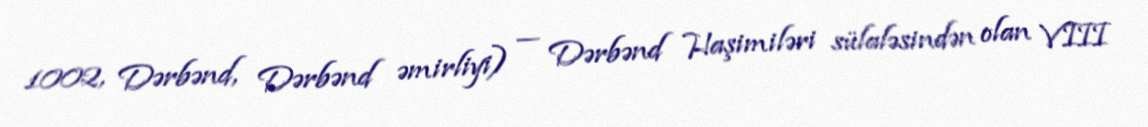
1002, Dərbənd, Dərbənd əmirliyi) — Dərbənd Haşimiləri sülaləsindən olan VIII